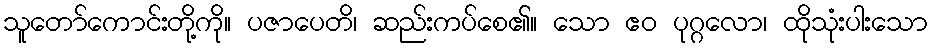
သူတော်ကောင်းတို့ကို။ ပဇာပေတိ၊ ဆည်းကပ်စေ၏။ သော ဧဝ ပုဂ္ဂလော၊ ထိုသုံးပါးသော